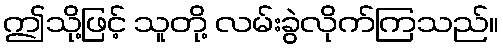
ဤသို့ဖြင့် သူတို့ လမ်းခွဲလိုက်ကြသည်။